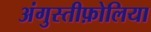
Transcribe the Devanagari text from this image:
अंगुस्तीफ़ोलिया